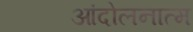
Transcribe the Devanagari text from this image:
आंदोलनात्म